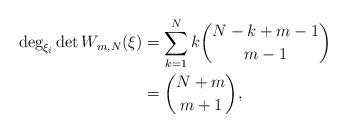
LaTeX: \begin{align*}\deg_{\xi_i}\det{W_{m,N}(\xi)}&=\sum_{k=1}^{N}k\binom{N-k+m-1}{m-1} \\&=\binom{N+m}{m+1},\end{align*}